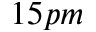
1 5 p m